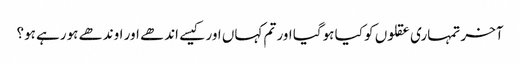
آخر تمہاری عقلوں کو کیا ہوگیا اور تم کہاں اور کیسے اندھے اور اوندھے ہورہے ہو؟